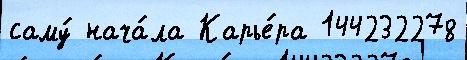
саму́ нача́ла Карье́ра 144232278